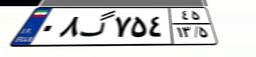
۰۸گ۷۵۴۴۵